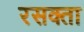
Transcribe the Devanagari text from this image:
रसक्ता